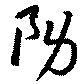
務